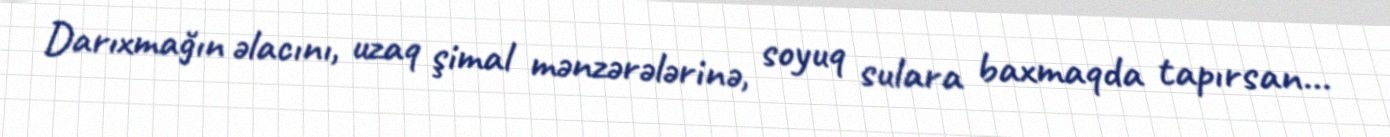
Darıxmağın əlacını, uzaq şimal mənzərələrinə, soyuq sulara baxmaqda tapırsan...